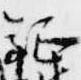
鉦